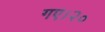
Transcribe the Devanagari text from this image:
गए।२०